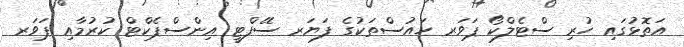
އަތޮޅުގައި ހުރި ސްޓެލްކޯ ޕަވަރ ހައުސްތަކުގެ ފަޔަރ ސޭފްޓީ އިންސްޕެކްޓް ކުރުމާއި ޕަވަރ